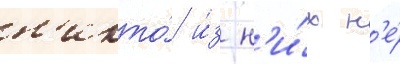
н'икто́ и́з н'и́х н'е́